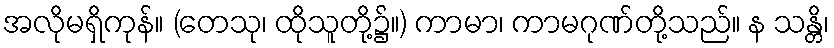
အလိုမရှိကုန်။ (တေသု၊ ထိုသူတို့၌။) ကာမာ၊ ကာမဂုဏ်တို့သည်။ န သန္တိ၊